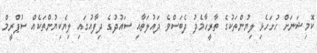
ކޮމިޝަނަށް ހުށަހެޅި ލިޔުންތަކުގެ ތާރީހާމެދު ދެބަސްވެ ދައުލަތާއި ސައުދުގެ ދިފާއުގައި ލިޔެކިޔުންތަކެއް ސުޕްރީމް